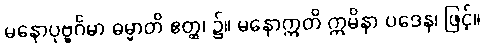
မနောပုဗ္ဗင်္ဂမာ ဓမ္မာတိ ဧတ္ထ၊ ၌။ မနောဣတိ ဣမိနာ ပဒေန၊ ဖြင့်။